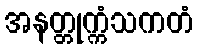
အနတ္တုက္ကံသကတံ